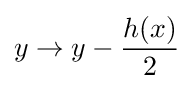
y\rightarrow y-{\frac {h(x)}{2}}